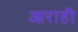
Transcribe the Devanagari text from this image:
आराही